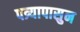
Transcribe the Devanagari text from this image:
पत्र्यापासुन